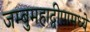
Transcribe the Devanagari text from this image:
जम्बुमहाद्वीपामध्ये